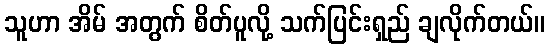
သူဟာ အိမ် အတွက် စိတ်ပူလို့ သက်ပြင်းရှည် ချလိုက်တယ်။